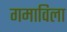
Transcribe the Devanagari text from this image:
गमाविला